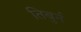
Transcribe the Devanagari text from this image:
तिबुर्न